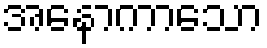
အနောကာသော